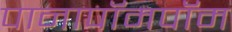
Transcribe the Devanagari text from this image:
पानापॉमपॉम